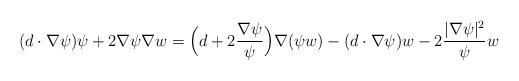
LaTeX: \begin{align*}(d \cdot \nabla \psi)\psi + 2 \nabla \psi \nabla w = \Big(d + 2 \frac{\nabla \psi}{\psi} \Big) \nabla(\psi w) - (d \cdot \nabla \psi)w - 2 \frac{|\nabla \psi|^2}{\psi} w\end{align*}